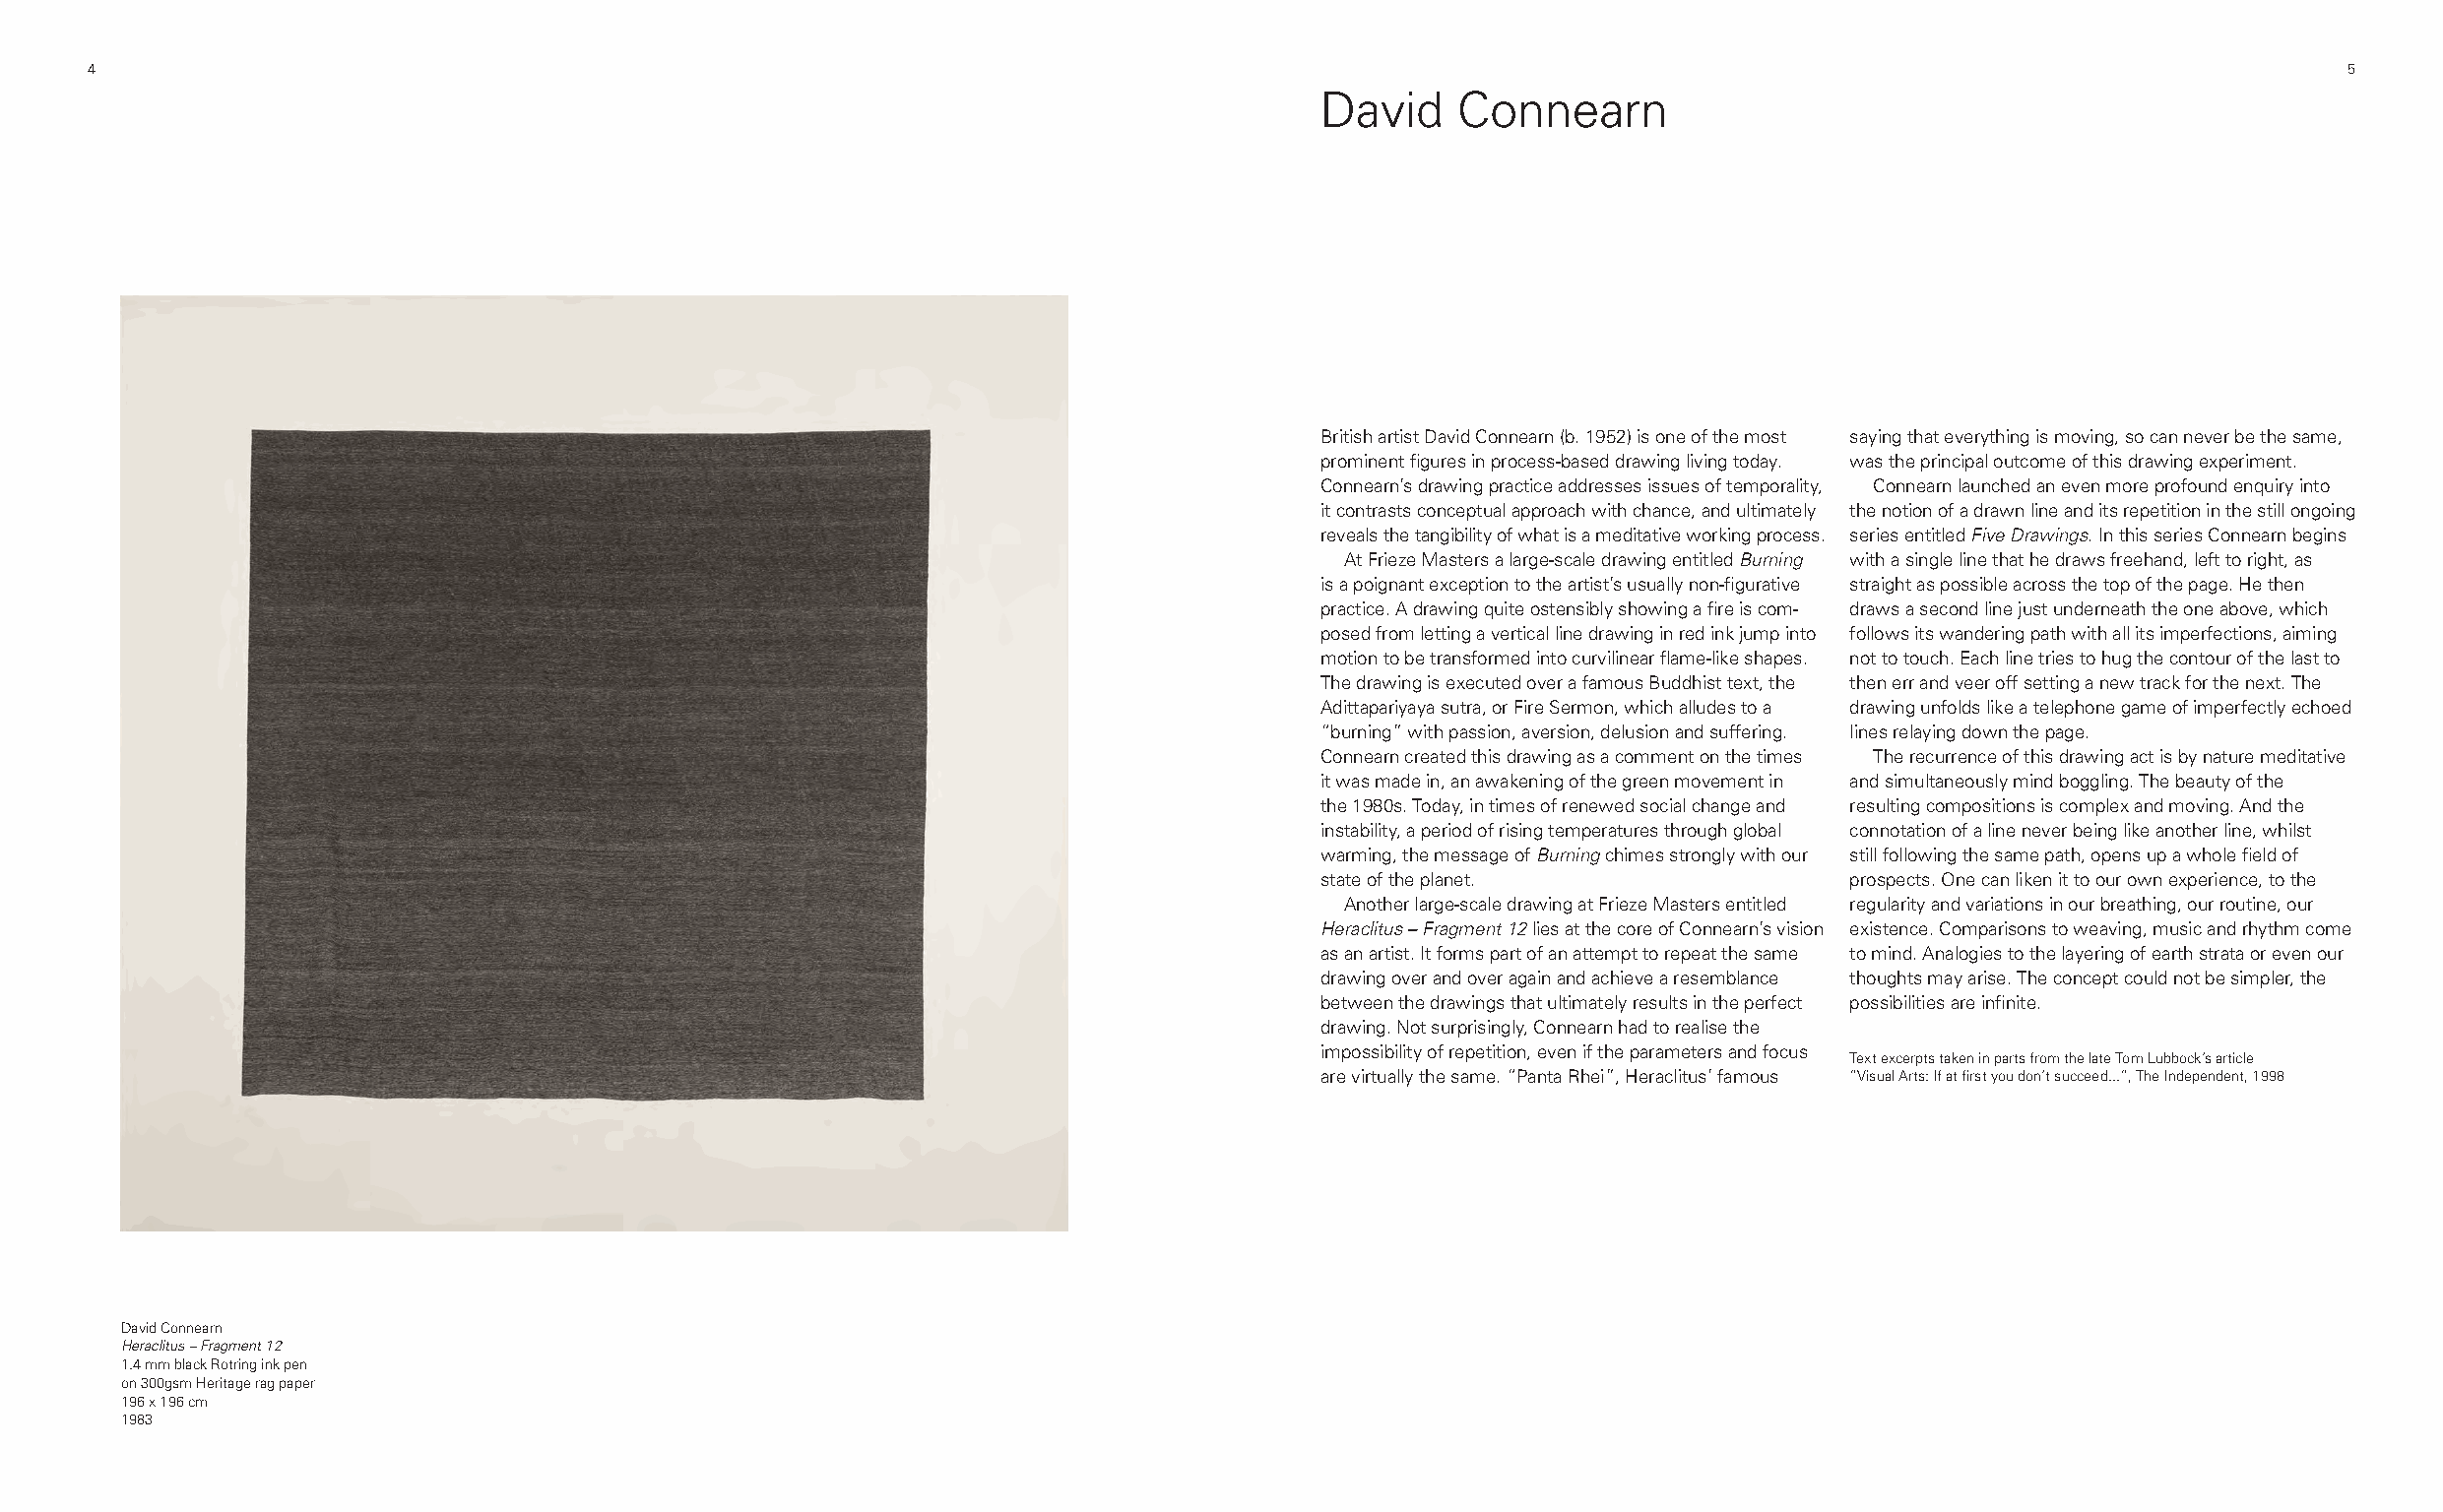
4                                                                                                                                                       5
 David    Connearn
 British artist David Connearn (b. 1952) is one of the most saying that everything is moving, so can never be the same,
 prominent figures in process-based drawing living today. was the principal outcome of this drawing experiment.
 Connearn’s drawing practice addresses issues of temporality, Connearn launched an even more profound enquiry into
 it contrasts conceptual approach with chance, and ultimately the notion of a drawn line and its repetition in the still ongoing
 reveals the tangibility of what is a meditative working process. series entitled Five Drawings. In this series Connearn begins
 At Frieze Masters a large-scale drawing entitled Burning with a single line that he draws freehand, left to right, as
 is a poignant exception to the artist’s usually non-figurative straight as possible across the top of the page. He then
 practice. A drawing quite ostensibly showing a fire is com- draws a second line just underneath the one above, which
 posed from letting a vertical line drawing in red ink jump into follows its wandering path with all its imperfections, aiming
 motion to be transformed into curvilinear flame-like shapes. not to touch. Each line tries to hug the contour of the last to
 The drawing is executed over a famous Buddhist text, the then err and veer off setting a new track for the next. The
 Adittapariyaya sutra, or Fire Sermon, which alludes to a drawing unfolds like a telephone game of imperfectly echoed
 “burning” with passion, aversion, delusion and suffering. lines relaying down the page.
 Connearn created this drawing as a comment on the times The recurrence of this drawing act is by nature meditative
 it was made in, an awakening of the green movement in and simultaneously mind boggling. The beauty of the
 the 1980s. Today, in times of renewed social change and resulting compositions is complex and moving. And the
 instability, a period of rising temperatures through global connotation of a line never being like another line, whilst
 warming, the message of Burning chimes strongly with our still following the same path, opens up a whole field of
 state of the planet.               prospects. One can liken it to our own experience, to the
 Another large-scale drawing at Frieze Masters entitled regularity and variations in our breathing, our routine, our
 Heraclitus – Fragment 12 lies at the core of Connearn’s vision existence. Comparisons to weaving, music and rhythm come
 as an artist. It forms part of an attempt to repeat the same to mind. Analogies to the layering of earth strata or even our
 drawing over and over again and achieve a resemblance thoughts may arise. The concept could not be simpler, the
 between the drawings that ultimately results in the perfect possibilities are infinite.
 drawing. Not surprisingly, Connearn had to realise the
 impossibility of repetition, even if the parameters and focus
 Text excerpts taken in parts from the late Tom Lubbock’s article
 are virtually the same. “Panta Rhei”, Heraclitus’ famous “Visual Arts: If at first you don’t succeed...”, The Independent, 1998
 David Connearn
 Heraclitus – Fragment 12
 1.4 mm black Rotring ink pen
 on 300gsm Heritage rag paper
 196 x 196 cm
 1983